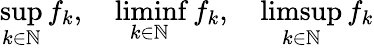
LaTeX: \operatorname*{sup}_{k\in\mathbb{N}}f_{k},\quad\operatorname*{liminf}_{k\in\mathbb{N}}f_{k},\quad\operatorname*{limsup}_{k\in\mathbb{N}}f_{k}